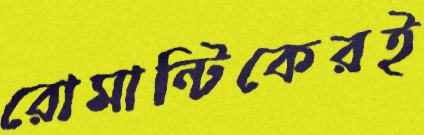
রোমান্টিকেরই